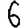
Digit: 6